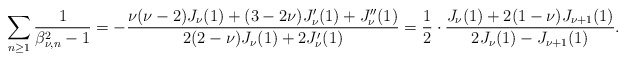
\begin{align*}\sum_{n\geq 1}\frac{1}{\beta_{\nu,n}^2-1}=-\frac{\nu(\nu-2)J_{\nu}(1)+(3-2\nu)J_{\nu}'(1)+J_{\nu}''(1)}{2(2-\nu)J_{\nu}(1)+2J_{\nu}'(1)}=\frac{1}{2}\cdot \frac{J_{\nu}(1)+2(1-\nu)J_{\nu+1}(1)}{2J_{\nu}(1)-J_{\nu+1}(1)}.\end{align*}